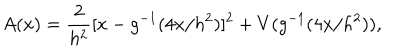
A ( x ) = { \frac { 2 } { h ^ { 2 } } } [ x - g ^ { - 1 } ( 4 x / h ^ { 2 } ) ] ^ { 2 } + V ( g ^ { - 1 } ( 4 x / h ^ { 2 } ) ) ,